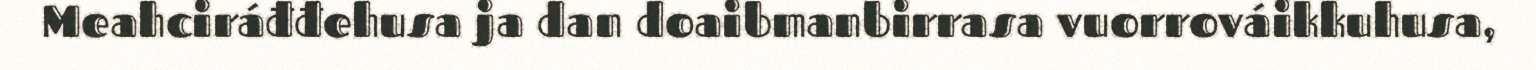
Meahciráđđehusa ja dan doaibmanbirrasa vuorrováikkuhusa,